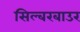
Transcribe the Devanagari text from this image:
सिल्बरबाउर